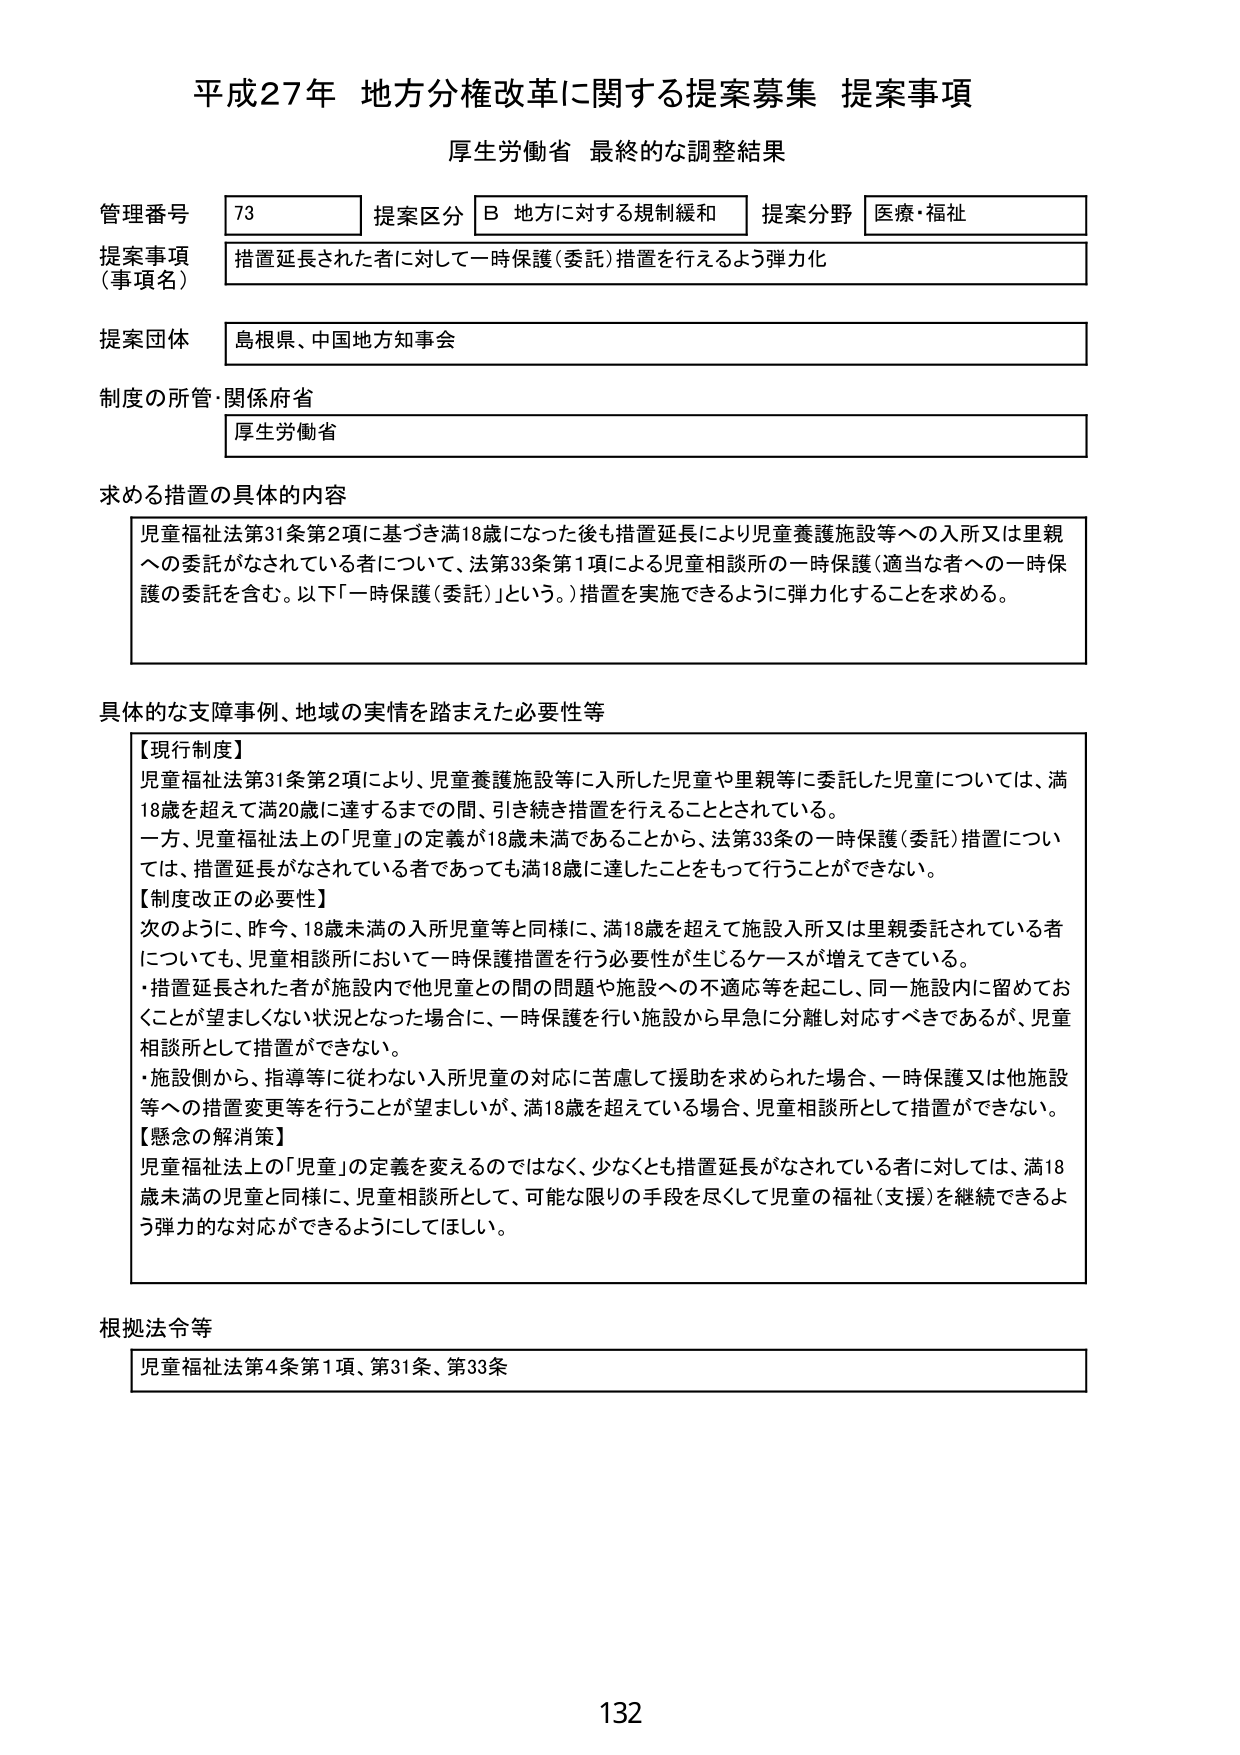
平成27年 地方分権改革に関する提案募集 提案事項
厚生労働省 最終的な調整結果

管理番号 73 提案区分 B 地方に対する規制緩和 提案分野 医療・福祉
提案事項（事項名） 措置延長された者に対して一時保護（委託）措置を行えるよう弾力化
提案団体 島根県、中国地方知事会
制度の所管・関係府省 厚生労働省

求める措置の具体的内容
児童福祉法第31条第2項に基づき満18歳になった後も措置延長により児童養護施設等への入所又は里親への委託がなされている者について、法第33条第1項による児童相談所の一時保護（適当な者への一時保護の委託を含む。以下「一時保護（委託）」という。）措置を実施できるように弾力化することを求める。

具体的な支障事例、地域の実情を踏まえた必要性等
【現行制度】
児童福祉法第31条第2項により、児童養護施設等に入所した児童や里親等に委託した児童については、満18歳を超えて満20歳に達するまでの間、引き続き措置を行うこととされている。
一方、児童福祉法上の「児童」の定義が18歳未満であることから、法第33条の一時保護（委託）措置については、措置延長がなされている者であっても満18歳に達したことをもって行うことができない。
【制度改正の必要性】
次のように、昨今、18歳未満の入所児童等と同様に、満18歳を超えて施設入所又は里親委託されている者についても、児童相談所において一時保護措置を行う必要性が生じるケースが増えてきている。
・措置延長された者が施設内で他児童との間の問題や施設への不適応等を起こし、同一施設内に留めておくことが望ましくない状況となった場合に、一時保護を行い施設から早急に分離し対応すべきであるが、児童相談所として措置ができない。
・施設側から、指導等に従わない入所児童の対応に苦慮して援助を求められた場合、一時保護又は他施設等への措置変更等を行うことが望ましいが、満18歳を超えている場合、児童相談所として措置ができない。
【懸念の解消策】
児童福祉法上の「児童」の定義を変えるのではなく、少なくとも措置延長がなされている者に対しては、満18歳未満の児童と同様に、児童相談所として、可能な限りの手段を尽くして児童の福祉（支援）を継続できるよう弾力的な対応ができるようにしてほしい。

根拠法令等
児童福祉法第4条第1項、第31条、第33条

132